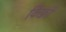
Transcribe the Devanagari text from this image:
किफ़्री